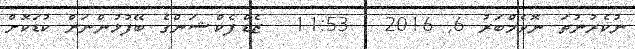
ނުކެރުނުތަ ނޮވެމްބަރު 6